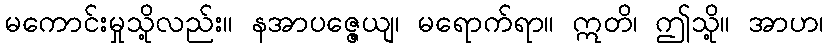
မကောင်းမှုသို့လည်း။ နအာပဇ္ဇေယျ၊ မရောက်ရာ။ ဣတိ၊ ဤသို့။ အာဟ၊